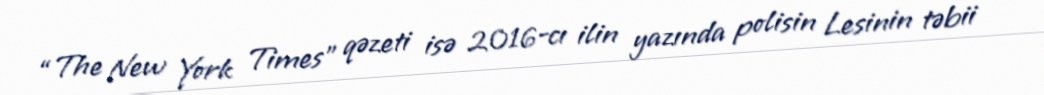
“The New York Times” qəzeti isə 2016-cı ilin yazında polisin Lesinin təbii